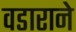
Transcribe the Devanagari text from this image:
वडाराने